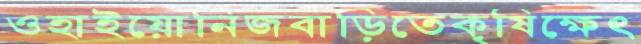
ওহাইয়োনিজবাড়িতেকৃষিক্ষেত্